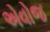
એવોજ